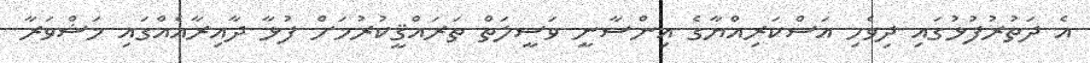
އެ ދަތުރުފުޅުގައި ދިވެހި އަސްކަރިއްޔާގެ އިންސާނީ ވަސީލަތް ތަރައްޤީކުރުމަށް ފުޅާ ދާއިރާއެއްގައި މަޝްވަރާ